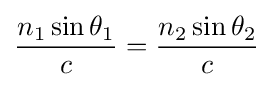
{\frac {n_{1}\sin \theta _{1}}{c}}={\frac {n_{2}\sin \theta _{2}}{c}}